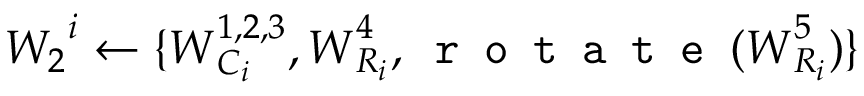
\boldsymbol { W _ { 2 } } ^ { i } \leftarrow \{ \boldsymbol { W } _ { C _ { i } } ^ { 1 , 2 , 3 } , \boldsymbol { W } _ { R _ { i } } ^ { 4 } , \texttt { r o t a t e } ( \boldsymbol { W } _ { R _ { i } } ^ { 5 } ) \}